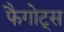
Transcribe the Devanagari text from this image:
फैगोट्स